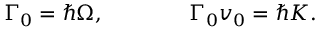
\Gamma _ { 0 } = \hbar \Omega , \qquad \qquad \Gamma _ { 0 } v _ { 0 } = \hbar K .